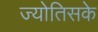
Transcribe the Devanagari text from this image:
ज्योतिसके